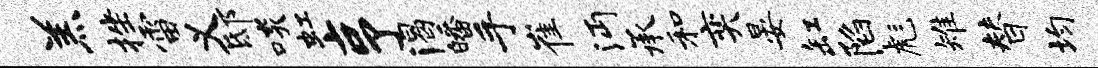
羔挫雷义邸啖虹亨渴皤手崔沔承和奕晏缸陷彪雉替均